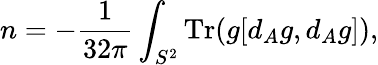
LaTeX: n=-\frac{1}{32\pi}\int_{S^{2}}\mathrm{Tr}(g[d_{A}g,d_{A}g]),